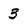
Character: 3